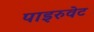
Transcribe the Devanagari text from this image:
पाइरुवेट